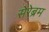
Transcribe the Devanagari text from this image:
सेरेब्रम